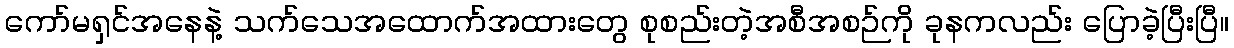
ကော်မရှင်အနေနဲ့ သက်သေအထောက်အထားတွေ စုစည်းတဲ့အစီအစဉ်ကို ခုနကလည်း ပြောခဲ့ပြီးပြီ။